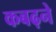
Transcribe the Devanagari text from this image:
कबढ़ने